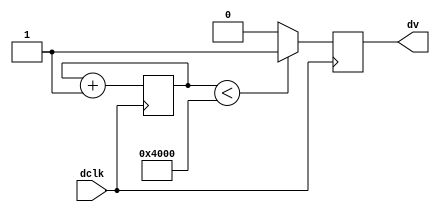
`timescale 1ns / 1ps
//////////////////////////////////////////////////////////////////////////////////
// Company: 
// Engineer: 
// 
// Design Name: 
// Module Name:    capture_control 
// Project Name: 
// Target Devices: 
// Tool versions: 
// Description: 
//
// Dependencies: 
//
// Revision: 
// Revision 0.01 - File Created
// Additional Comments: 
//
//////////////////////////////////////////////////////////////////////////////////
module capture_control( input dclk,
output dv
    );

reg [31:0] counter=0;
reg valid=0;
always @(posedge dclk)
begin
	counter<=counter+1;
	if (counter<16384)
		valid<=1;
	else
		valid<=0;
end	
assign dv=valid;
endmodule